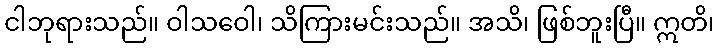
ငါဘုရားသည်။ ဝါသဝေါ၊ သိကြားမင်းသည်။ အသိ၊ ဖြစ်ဘူးပြီ။ ဣတိ၊